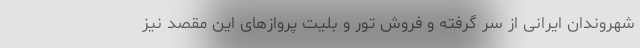
شهروندان ایرانی از سر گرفته و فروش تور و بلیت پروازهای این مقصد نیز